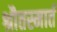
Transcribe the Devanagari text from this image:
श्रौतस्मार्त